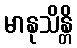
မာနုသိန္တိ